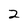
Character: 2